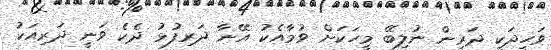
ވަހީދަކީ ދަރިން ނުލިބޭ މީހަކަަށް ވުމާއެކު އޭނާ ދަރިފުޅު ދެކެ ވަނީ ދަރިއަކު